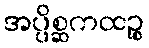
အပ္ပိစ္ဆကထဉ္စ